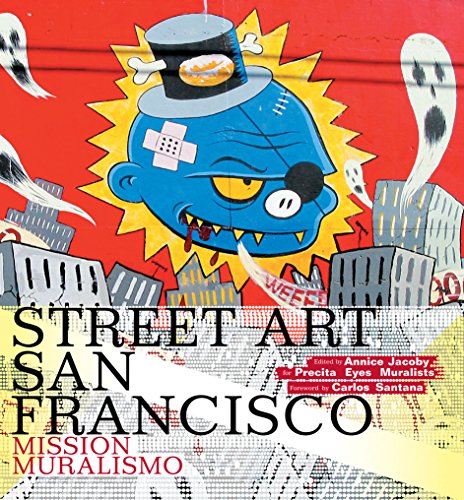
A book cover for Street Art San Francisco: Mission Muralismo; Arts & Photography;